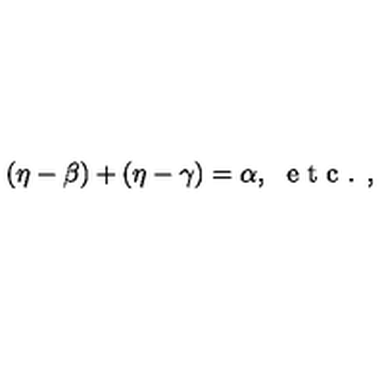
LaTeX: ( \eta - \beta ) + ( \eta - \gamma ) = \alpha , \ \textrm { e t c . , }